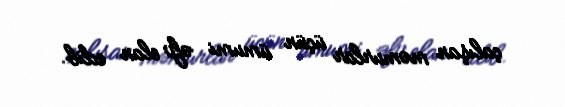
çalışan məmurlar üçün ümumi əfv elan edib.